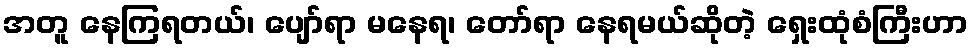
အတူ နေကြရတယ်၊ ပျော်ရာ မနေရ၊ တော်ရာ နေရမယ်ဆိုတဲ့ ရှေးထုံစံကြီးဟာ